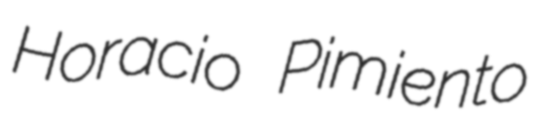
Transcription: Horacio Pimiento